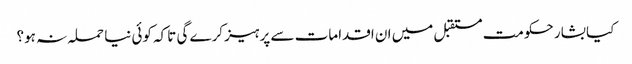
کیا بشار حکومت مستقبل میں ان اقدامات سے پرہیز کرے گی تاکہ کوئی نیا حملہ نہ ہو؟